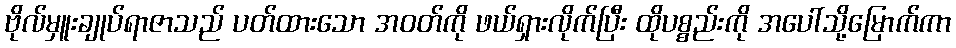
ဗိုလ်မှူးချုပ်ရာဇာသည် ပတ်ထားသော အဝတ်ကို ဖယ်ရှားလိုက်ပြီး ထိုပစ္စည်းကို အပေါ်သို့မြောက်ကာ